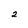
Character: 2